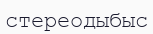
стереодыбыс